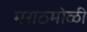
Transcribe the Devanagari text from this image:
मराठमोळी